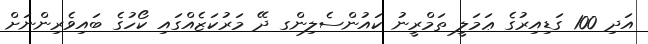
އަދި 100 ގަޑިއިރުގެ ޢަމަލީ ތަމްރީނު ކައުންސެލިންގ ދޭ މަރުކަޒެއްގައި ކޯހުގެ ބައިވެރިންނަށް